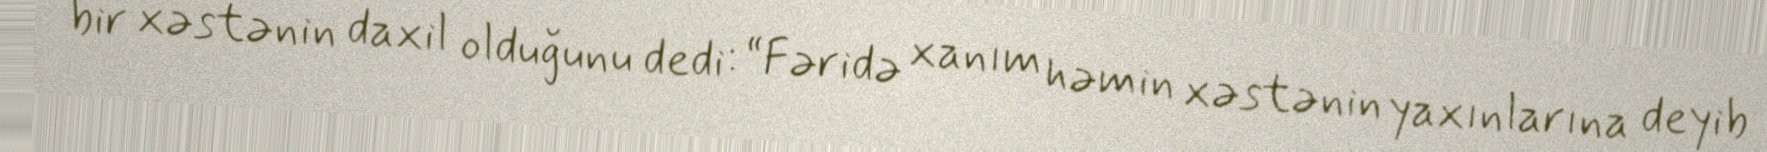
bir xəstənin daxil olduğunu dedi: “Fəridə xanım həmin xəstənin yaxınlarına deyib